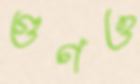
গুণও